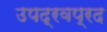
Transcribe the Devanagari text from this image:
उपद्रवप्रद